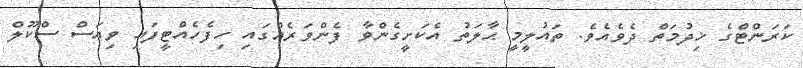
ކަރަންޓްގެ ޚިދުމަތް ދެވެއެވެ. ތައުލީމީ ޙާލަތު އެކަށީގެންވާ ފެންވަރެއްގައި ހިފެހެއްޓީފައި ވިއަސް ސްކޫލް